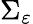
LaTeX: \Sigma_{\varepsilon}